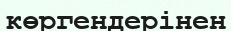
көргендерінен